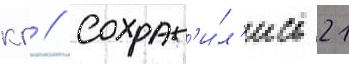
кг // Сохран'и́л'ись 21